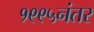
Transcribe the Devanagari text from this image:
१९९५नंतर